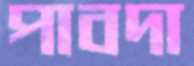
পাবদা